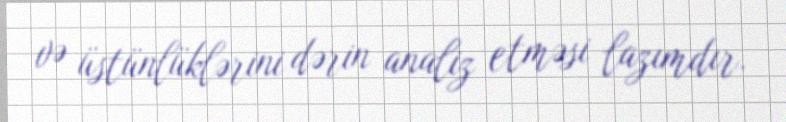
və üstünlüklərini dərin analiz etməsi lazımdır.